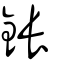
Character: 鋹